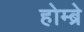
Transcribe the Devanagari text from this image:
होम्ब्रे